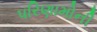
પરિણામોની